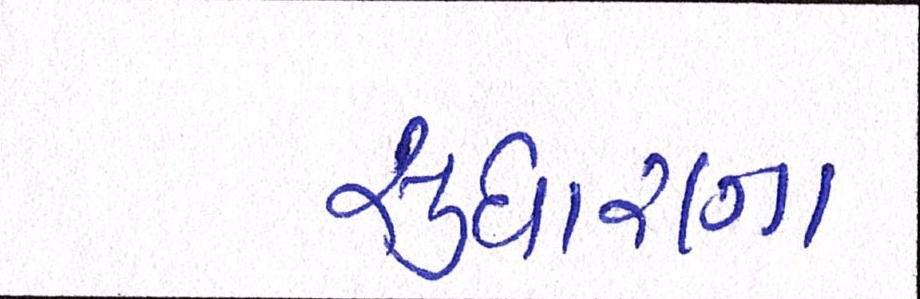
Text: સુધારણા